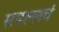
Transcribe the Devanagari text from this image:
सपल्लवं